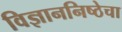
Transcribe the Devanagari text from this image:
विज्ञाननिष्ठेचा